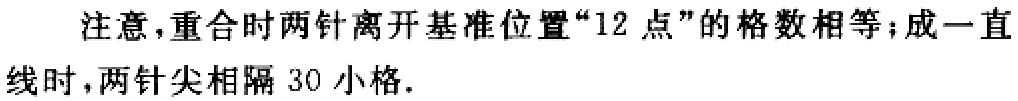
注意，重合时两针离开基准位置“12 点”的格数相等；成一直线时，两针尖相隔 30 小格.